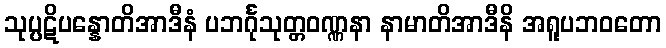
သုပ္ပဋိပန္နောတိအာဒီနံ ပဘင်္ဂုသုတ္တဝဏ္ဏနာ နာမာတိအာဒီနိ အရူပဘဝတော